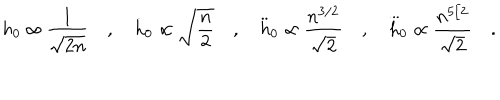
LaTeX: h _ { 0 } \propto \frac { 1 } { \sqrt { 2 n } } \quad , \quad \dot { h } _ { 0 } \propto \sqrt { \frac { n } { 2 } } \quad , \quad \ddot { h } _ { 0 } \propto \frac { n ^ { 3 / 2 } } { \sqrt { 2 } } \quad , \quad { \stackrel { . . . } h } _ { 0 } \propto \frac { n ^ { 5 / 2 } } { \sqrt { 2 } } \quad .